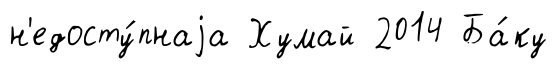
н'едосту́пнаjа Хумай 2014 Ба́ку